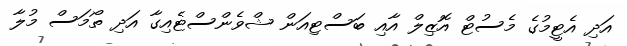
އަދި އެޓީމުގެ މެސުޓް އޮޒިލް އާއި ބަސްޓިއަން ޝްވެންސްޓެއިގާ އަދި ތޯމަސް މުލާ